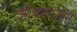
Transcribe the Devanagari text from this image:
जीवरूपाने